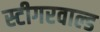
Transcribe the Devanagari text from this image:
स्टीगरवाल्ड